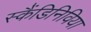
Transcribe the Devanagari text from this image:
स्कैंडिनिविया